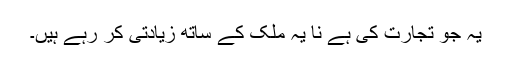
یہ جو تجارت کی ہے نا یہ ملک کے ساتھ زیادتی کر رہے ہیں۔